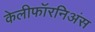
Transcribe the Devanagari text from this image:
केलीफॉरनिअंस